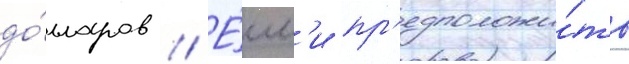
до́лларов // Е́сл'и пр'едположи́ть